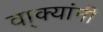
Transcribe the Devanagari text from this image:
वा्क्यांनी